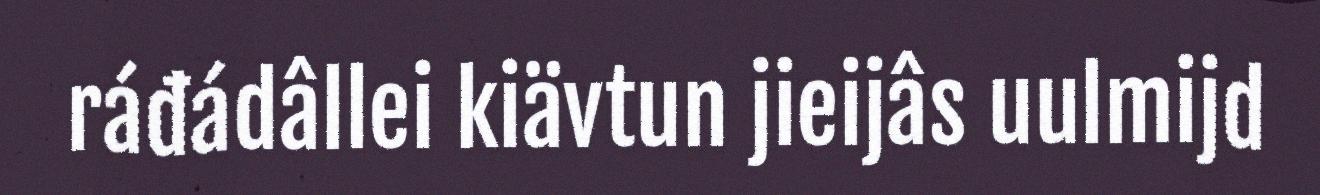
ráđádâllei kiävtun jieijâs uulmijd